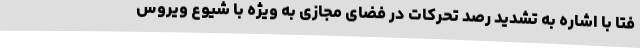
فتا با اشاره به تشدید رصد تحرکات در فضای مجازی به ویژه با شیوع ویروس